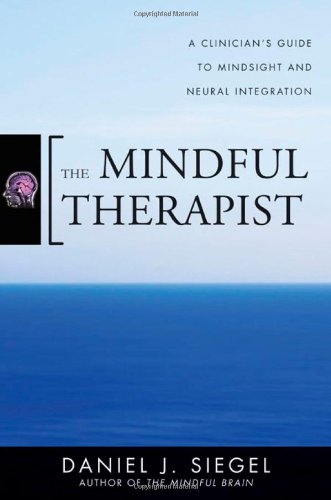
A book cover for The Mindful Therapist: A Clinician's Guide to Mindsight and Neural Integration (Norton Series on Interpersonal Neurobiology); Daniel J. Siegel M.D.; Medical Books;